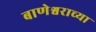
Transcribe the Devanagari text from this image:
बाणेश्वराच्या